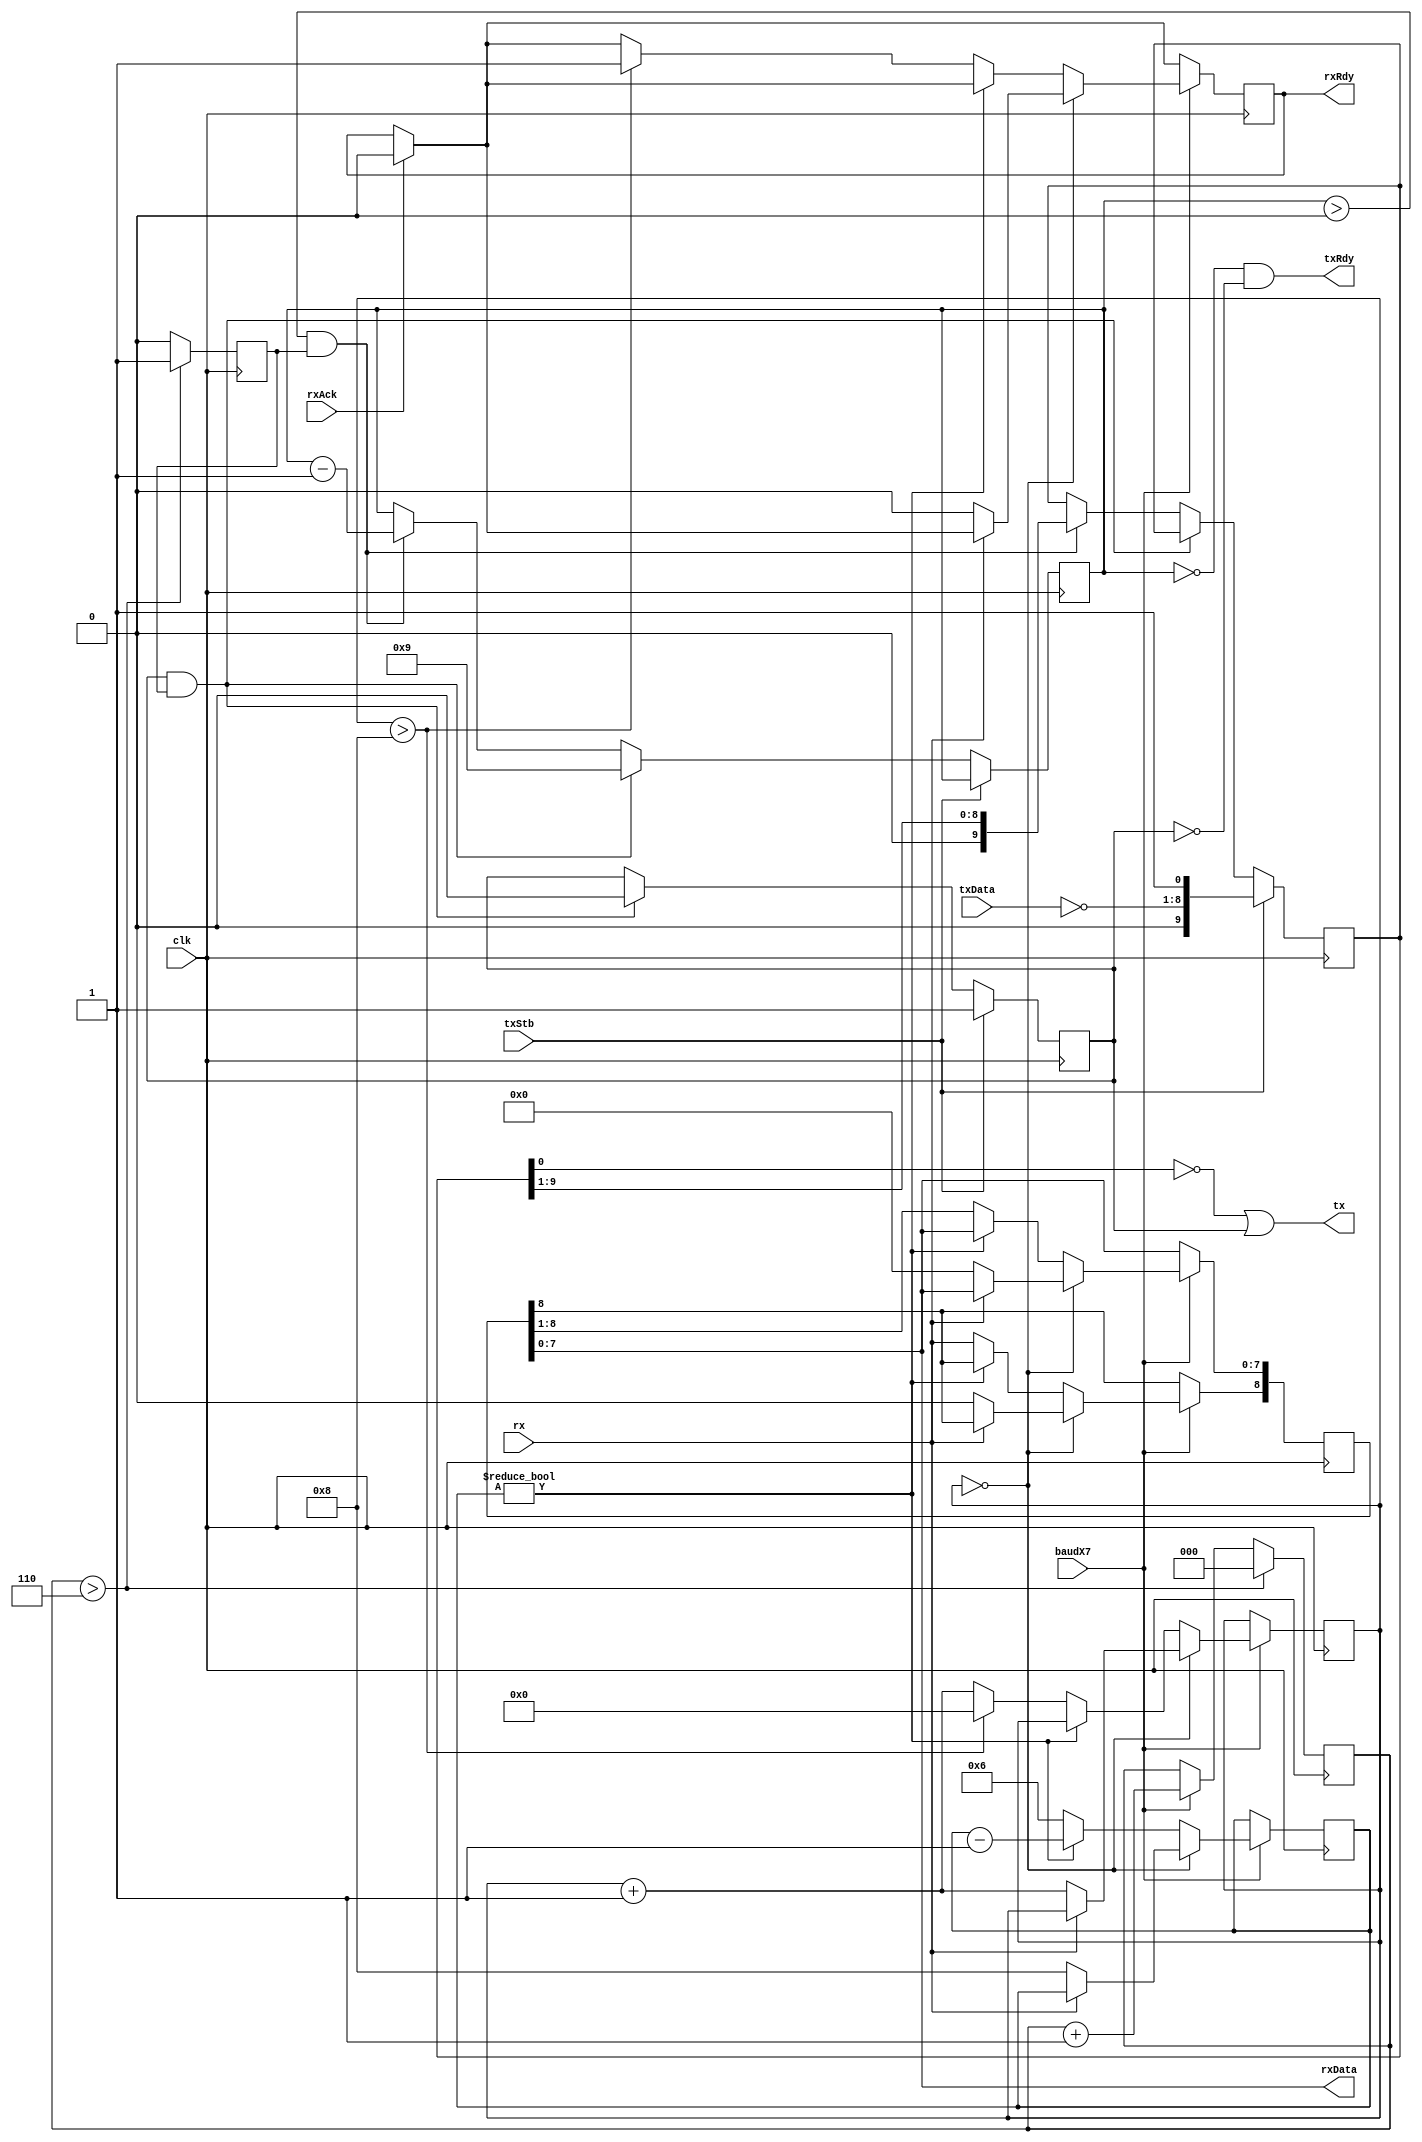
//
// UART.v - for the PDP-8 in Verilog project
//
// github.com/SmallRoomLabs/PDP8-Verilog
// Mats Engstrom - mats.engstrom@gmail.com
//
// UART | 0 | 13 | 0 | 11
//

`default_nettype none

module UART (
  input clk,
  input baudX7,
  input [7:0] txData, // data to be transmitted serially onto tx
  input txStb,        // positive going strobe for the txData - 1 CLK
  output tx,          // serial output stream in 8N1 format with high idle
  output txRdy,       // high when the uart is ready to accept new data
  input rx,
  output [7:0] rxData,
  input rxAck,
  output rxRdy
);

//
// ....----------+       +     +     +     +     +     +     +     +     +      +----------....
//          idle | start | lsb | bit | bit | bit | bit | bit | bit | msb | stop | idle
//               +-------+     +     +     +     +     +     +     +     +------+
//


//
//        BAUDRATE DIVIDER       
//

reg baudTick=0;       // Strobes at baudrate speed - 1 CLK

reg [2:0] baud7Xcnt=0;

always @(posedge clk) begin
  if (baudX7) baud7Xcnt <= baud7Xcnt + 1;
  if (baud7Xcnt > 6) begin
    baud7Xcnt <= 0;
    baudTick <= 1;
  end else begin
    baudTick <= 0;
  end
end


//
//        UART RECEIVE       
//

reg [3:0] rxCnt=0;
reg [8:0] rxBuf=0;
reg [3:0] nextMiddle=0;
reg rxReady=0;

always @(posedge clk) begin
  if (rxAck) rxReady<=0;
  if (baudX7) begin
    if (rxCnt==0) begin
      if (~rx) begin
        // Detected the startbit
        nextMiddle <= 8;
        rxCnt <= rxCnt + 1;
        rxBuf <= 0;
        rxReady <= 0;
      end
    end else if (nextMiddle!=0) begin
      nextMiddle <= nextMiddle-1;
    end else begin
      rxBuf <= rxBuf >> 1;
      rxBuf[8] <= rx;
      rxCnt <= rxCnt+1;
      nextMiddle <= 6;
      if (rxCnt>8) begin
        rxCnt <= 0;
        rxReady <= 1;
      end

    end
  end
end

assign rxData = rxBuf[7:0];
assign rxRdy = rxReady;

//
//        UART TRANSMIT       
//

//
//
//

reg [9:0] txBuf=0;    // The byte being transmitted plus Start and Stop bits
reg [3:0] txCnt=0;    // Counter for the bits of the byte while transmitting
reg txTriggered=0;    // Set high at txStb and low when the transmission starts
                      // at the next baudTick
always @(posedge clk) begin

  // If upstream wants to send something, store the data and set the triggered 
  // flag to start waiting for the next baudTick
  if (txStb) begin
    txBuf <= {1'b0, ~txData, 1'b1};
    txTriggered <= 1;

  // Check if it's time to start sending the pending data
  end else if (txTriggered & baudTick) begin
    txTriggered <= 0;
    txCnt <= 9;

  // As long as not all bits are sent - output the next bit
  end else if (txCnt>0 & baudTick) begin
    txBuf <= txBuf >> 1;
    txCnt <= txCnt - 1;
  end
end

//
// The TX output stream needs to be inverted since it's stored invered to have the
// remaining (after all bits are sent) zero-value in the register to be outputted as 'one'
// representing the idle state. 
//
// The oring of the txTrigger keeps the TX as idle until the actual sending starts at the
// next baudTick.
//
assign tx=~txBuf[0] | txTriggered;

//
// The ready signal is set already in the stop bit so it can be possible to send data
// back-to-back.  Even is the controller strobes in new data in the middle of the stopbit
// the new transmission will not start unti the next baudTick.
//
// By anding the txTrigger the ready bit will be deactivated as soon as the txStb arrives
//
assign txRdy=(txCnt==0) & ~txTriggered;

endmodule